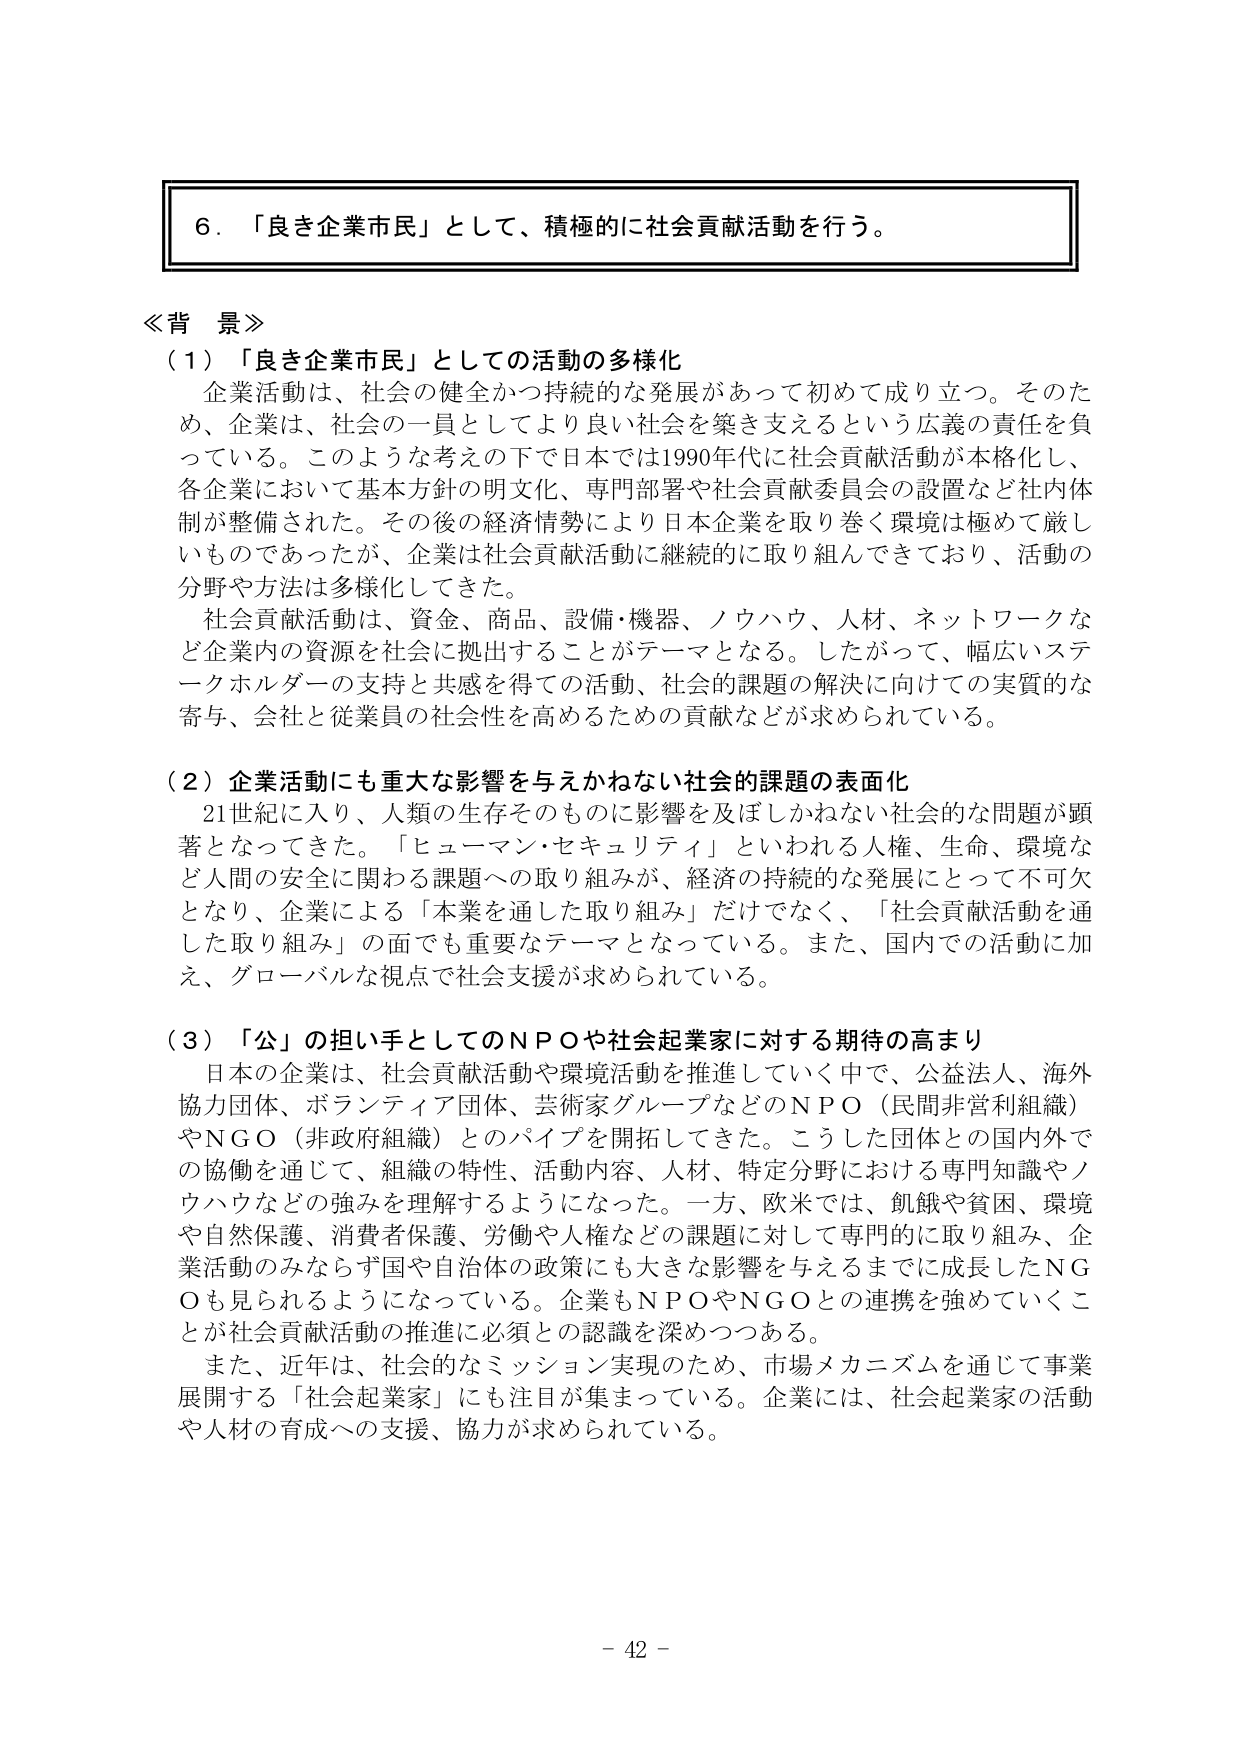
６．「良き企業市民」として、積極的に社会貢献活動を行う。

≪背景≫
（１）「良き企業市民」としての活動の多様化
　企業活動は、社会の健全かつ持続的な発展があって初めて成り立つ。そのため、企業は、社会の一員としてより良い社会を築き支えるという広義の責任を負っている。このような考えの下で日本では1990年代に社会貢献活動が本格化し、各企業において基本方針の明文化、専門部署や社会貢献委員会の設置など社内体制が整備された。その後の経済情勢により日本企業を取り巻く環境は極めて厳しいものであったが、企業は社会貢献活動に継続的に取り組んできており、活動の分野や方法は多様化してきた。
　社会貢献活動は、資金、商品、設備・機器、ノウハウ、人材、ネットワークなど企業内の資源を社会に拠出することがテーマとなる。したがって、幅広いステークホルダーの支持と共感を得ての活動、社会的課題の解決に向けての実質的な寄与、会社と従業員の社会性を高めるための貢献などが求められている。

（２）企業活動にも重大な影響を与えかねない社会的課題の表面化
　21世紀に入り、人類の生存そのものに影響を及ぼしかねない社会的な問題が顕著となってきた。「ヒューマン・セキュリティ」といわれる人権、生命、環境など人間の安全に関わる課題への取り組みが、経済の持続的な発展にとって不可欠となり、企業による「本業を通した取り組み」だけでなく、「社会貢献活動を通した取り組み」の面でも重要なテーマとなっている。また、国内での活動に加え、グローバルな視点で社会支援が求められている。

（３）「公」の担い手としてのＮＰＯや社会起業家に対する期待の高まり
　日本の企業は、社会貢献活動や環境活動を推進していく中で、公益法人、海外協力団体、ボランティア団体、芸術家グループなどのＮＰＯ（民間非営利組織）やＮＧＯ（非政府組織）とのパイプを開拓してきた。こうした団体との国内外での協働を通じて、組織の特性、活動内容、人材、特定分野における専門知識やノウハウなどの強みを理解するようになった。一方、欧米では、飢餓や貧困、環境や自然保護、消費者保護、労働や人権などの課題に対して専門的に取り組み、企業活動のみならず国や自治体の政策にも大きな影響を与えるまでに成長したＮＧＯも見られるようになっている。企業もＮＰＯやＮＧＯとの連携を強めていくことが社会貢献活動の推進に必須との認識を深めつつある。
　また、近年は、社会的なミッション実現のため、市場メカニズムを通じて事業展開する「社会起業家」にも注目が集まっている。企業には、社会起業家の活動や人材の育成への支援、協力が求められている。

－ 42 －